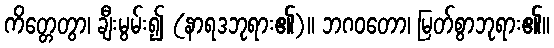
ကိတ္တေတွာ၊ ချီးမွမ်း၍ (နာရဒဘုရား၏)။ ဘဂဝတော၊ မြတ်စွာဘုရား၏။